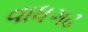
વાધગઢ